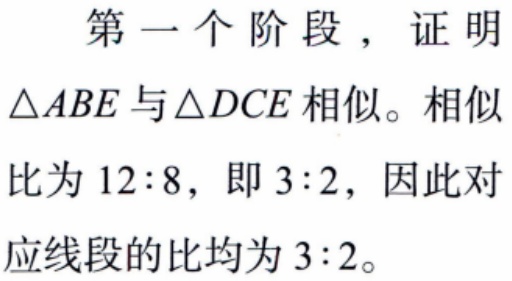
第一个阶段，证明$\triangle ABE$与$\triangle DCE$相似。相似比为$12:8$，即$3:2$，因此对应线段的比均为$3:2$。